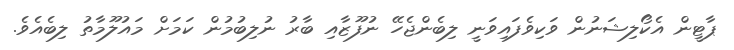
ޕާޓީން އެކޯލިޝަނުން ވަކިވެފައިވަނީ ލިބެންޖެހޭ ނުފޫޒާއި ބާރު ނުލިބުމުން ކަމަށް މައުލޫމާތު ލިބެއެވެ.